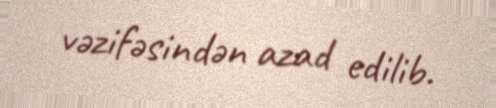
vəzifəsindən azad edilib.